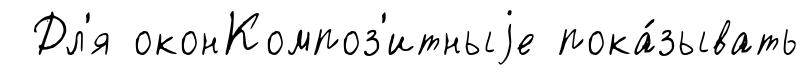
Дл'я оконКомпоз'итныjе пока́зывать